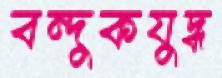
বন্দুকযুদ্ধ